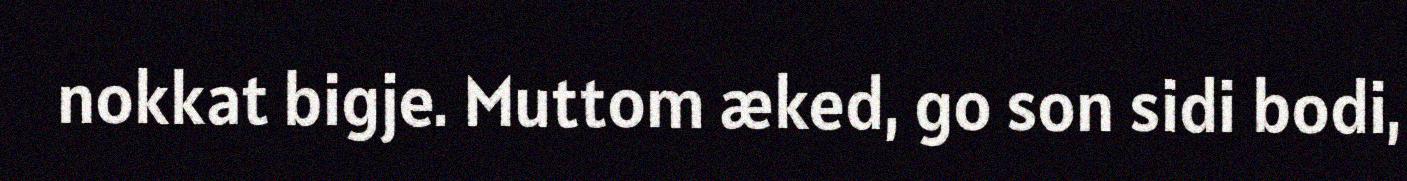
nokkat bigje. Muttom æked, go son sidi bodi,